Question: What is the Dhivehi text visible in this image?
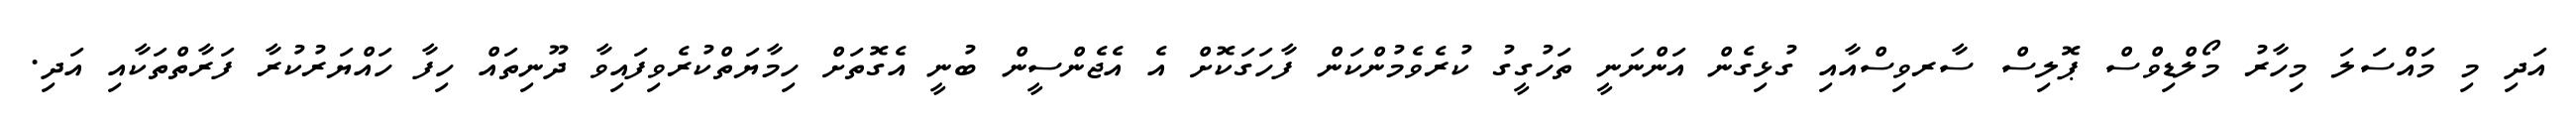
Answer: އަދި މި މައްސަލަ މިހާރު މޯލްޑިވްސް ޕޮލިސް ސާރވިސްއާއި ގުޅިގެން އަންނަނީ ތަހުގީގު ކުރެވެމުންކަން ފާހަގަކޮށް އެ އެޖެންސީން ބުނީ އެގޮތަށް ހިމާޔަތްކުރެވިފައިވާ ދޫނިތައް ހިފާ ހައްޔަރުކުރާ ފަރާތްތަކާއި އަދި.